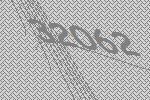
32062